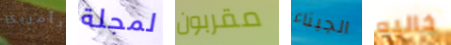
بأمريكا لمجلة مقربون الجبناء خاليه